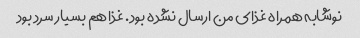
نوشابه همراه غذای من ارسال نشده بود. غذا هم بسیار سرد بود